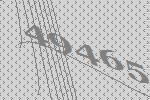
49465